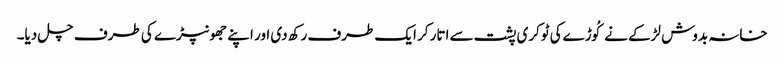
خانہ بدوش لڑکے نے کُوڑےکی ٹوکری پشت سے اتار کر ایک طرف رکھ دی اور اپنے جھونپڑے کی طرف چل دیا۔